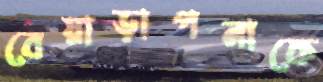
বেয়াড়াপনাকে